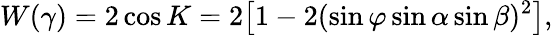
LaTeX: W(\gamma)=2\cos K=2\bigl[1-2(\sin\varphi\sin\alpha\sin\beta)^{2}\bigl],